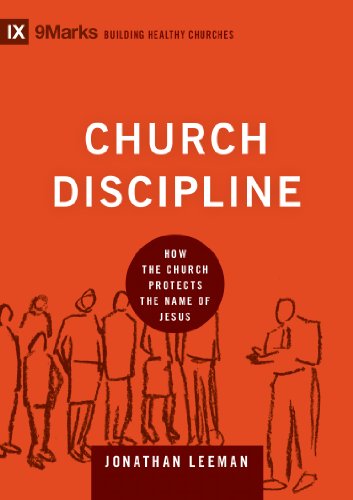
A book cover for Church Discipline: How the Church Protects the Name of Jesus (9Marks: Building Healthy Churches); Jonathan Leeman; Christian Books & Bibles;